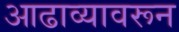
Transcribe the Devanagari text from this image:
आढाव्यावरून